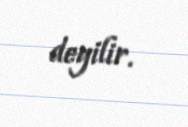
deyilir.